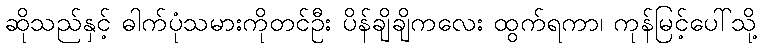
ဆိုသည်နှင့် ဓါက်ပုံသမားကိုတင်ဦး ပိန်ချိချိကလေး ထွက်ရကာ၊ ကုန်မြင့်ပေါ်သို့